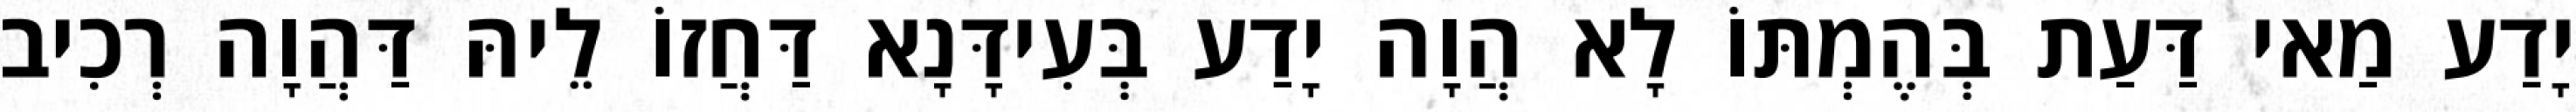
יָדַע מַאי דַּעַת בְּהֶמְתּוֹ לָא הֲוָה יָדַע בְּעִידָּנָא דַּחֲזוֹ לֵיהּ דַּהֲוָה רְכִיב